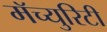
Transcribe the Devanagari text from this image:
मॅच्युरिटी